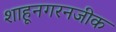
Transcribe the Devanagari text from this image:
शाहूनगरनजीक